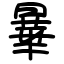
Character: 曅